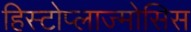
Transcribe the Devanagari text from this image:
हिस्टोप्लाज्मोसिस